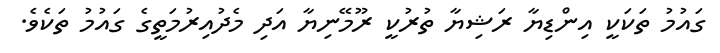
ގައުމު ތަކަކީ އިންޑިޔާ ރަޝިޔާ ތުރުކީ ރޫމޭނިޔާ އަދި މެދުއިރުމަތީގެ ގައުމު ތަކެވެ.